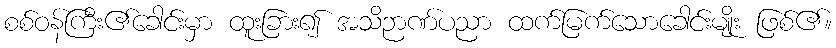
စစ်ဝန်ကြီး၏ခေါင်းမှာ ထူးခြား၍ အသိဉာဏ်ပညာ ထက်မြက်သောခေါင်းမျိုး ဖြစ်၏။